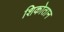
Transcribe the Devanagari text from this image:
शिकोतान